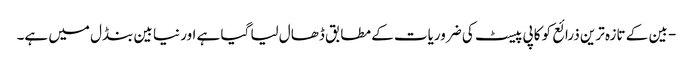
- بین کے تازہ ترین ذرائع کو کاپی پیسٹ کی ضروریات کے مطابق ڈھال لیا گیا ہے اور نیا بین بنڈل میں ہے۔